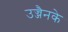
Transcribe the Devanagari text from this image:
उज्जैनके